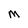
Character: M